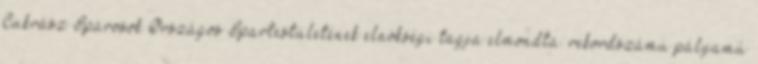
Cukrász Iparosok Országos Ipartestületének elnökségi tagja elmondta: rekordszámú pályamű